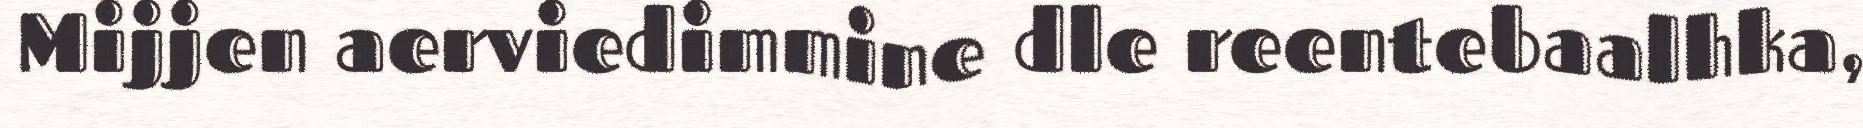
Mijjen aerviedimmine dle reentebaalhka,